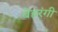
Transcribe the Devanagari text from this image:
बेहरंगी